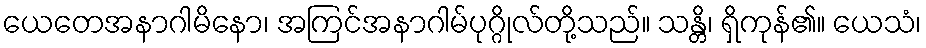
ယေတေအနာဂါမိနော၊ အကြင်အနာဂါမ်ပုဂ္ဂိုလ်တို့သည်။ သန္တိ၊ ရှိကုန်၏။ ယေသံ၊